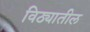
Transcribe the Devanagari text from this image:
विठ्यातील